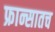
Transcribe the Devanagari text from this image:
फ्रान्सातच